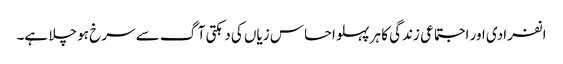
انفرادی اور اجتماعی زندگی کا ہر پہلو احساس زیاں کی دہکتی آگ سے سرخ ہو چلا ہے۔